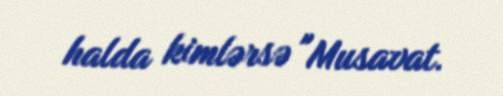
halda kimlərsə "Musavat.